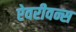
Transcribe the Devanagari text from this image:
ऐवरीवन्स